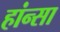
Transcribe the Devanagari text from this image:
हांन्सा